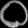
Digit: ၀